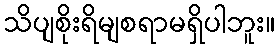
သိပျစိုးရိမျစရာမရှိပါဘူး။